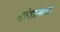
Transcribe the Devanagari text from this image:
दोषात्मक